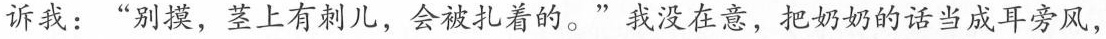
诉我：”别摸，茎上有刺儿，会被扎着的。”我没在意，把奶奶的话当成耳旁风，